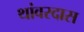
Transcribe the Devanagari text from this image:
थांवरदास